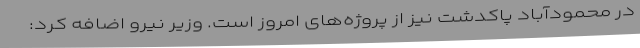
در محمودآباد پاکدشت نیز از پروژه‌های امروز است. وزیر نیرو اضافه کرد: